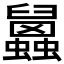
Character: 𧕧